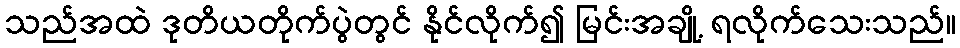
သည်အထဲ ဒုတိယတိုက်ပွဲတွင် နိုင်လိုက်၍ မြင်းအချို့ ရလိုက်သေးသည်။